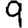
Digit: 9